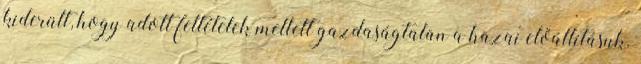
kiderült, hogy adott feltételek mellett gazdaságtalan a hazai előállításuk.